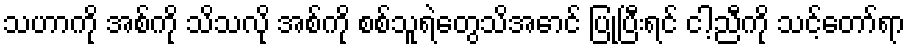
သဟာကို အစ်ကို သိသလို အစ်ကို စစ်သူရဲတွေသိအောင် ပြုပြီးရင် ငါ့ညီကို သင့်တော်ရာ